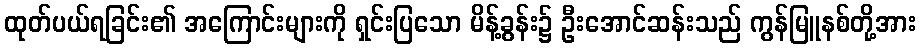
ထုတ်ပယ်ရခြင်း၏ အကြောင်းများကို ရှင်းပြသော မိန့်ခွန်း၌ ဦးအောင်ဆန်းသည် ကွန်မြူနစ်တို့အား